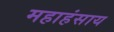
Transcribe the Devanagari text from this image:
महाहंसाय